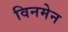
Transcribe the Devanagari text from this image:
विनमेन